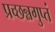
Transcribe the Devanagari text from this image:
प्रच्छन्नगुप्तं